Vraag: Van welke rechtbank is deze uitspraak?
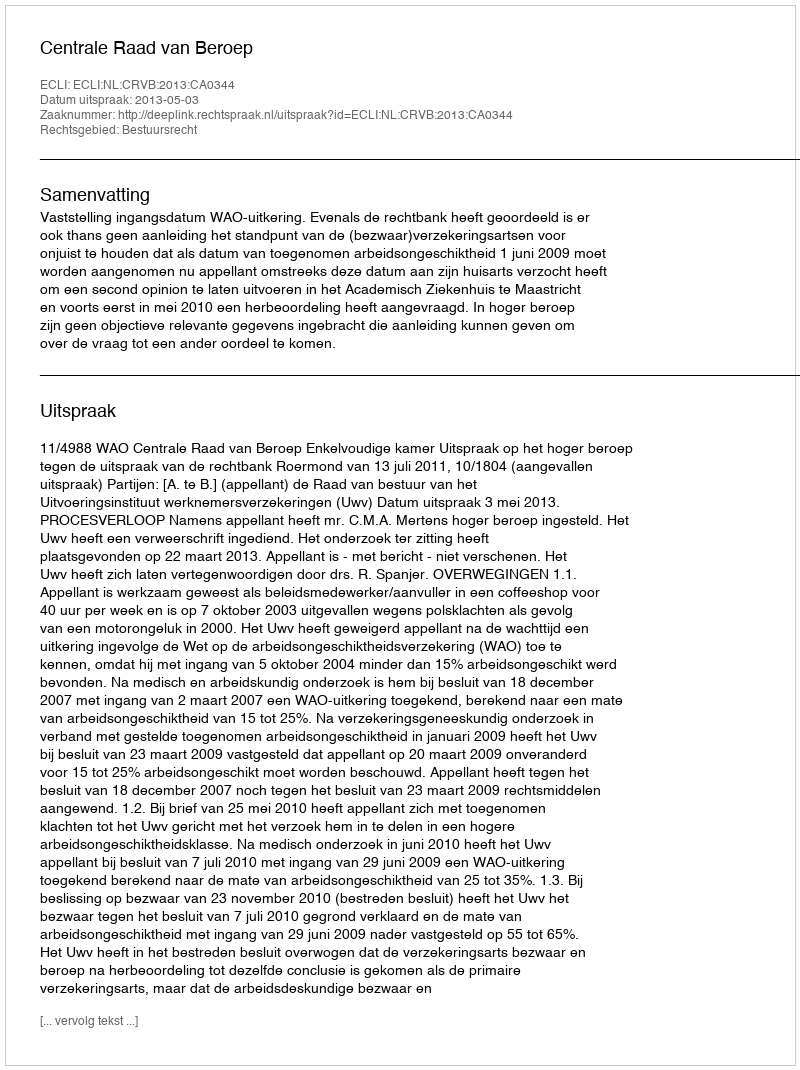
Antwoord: Centrale Raad van Beroep